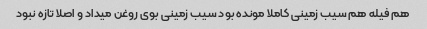
هم فیله هم سیب زمینی کاملا مونده بود سیب زمینی بوی روغن میداد و اصلا تازه نبود